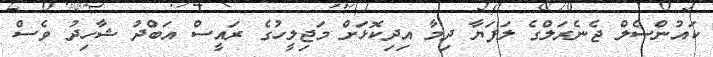
ކައުންސެލް ޖެނެރަލްގެ ލަފަޔާ ދިމާ އިދިކޮޅަށް މަޖިލީހުގެ ރައީސް އަބްދު ޝާހިދު ވެސް